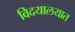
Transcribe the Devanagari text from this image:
विदयालयात